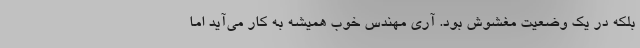
بلکه در یک وضعیت مغشوش بود. آری مهندس خوب همیشه به کار می‌آید اما